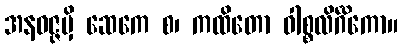
အနဝဇ္ဇမှိ ဆေကေ စ၊ ကထိတော ဝါစ္စလိင်္ဂိကော။